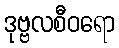
ဒုဗ္ဗလစီဝရော